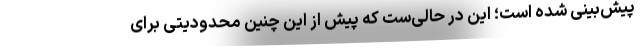
پیش‌بینی شده است؛ این در حالی‌ست که پیش از این چنین محدودیتی برای